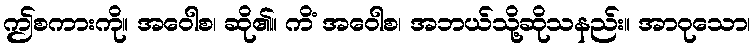
ဤစကားကို။ အဝေါစ၊ ဆို၏။ ကိံ အဝေါစ၊ အဘယ်သို့ဆိုသနည်း။ အာဝုသော၊